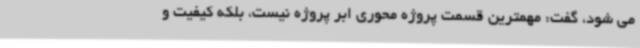
می شود، گفت: مهمترین قسمت پروژه محوری ابر پروژه نیست، بلکه کیفیت و